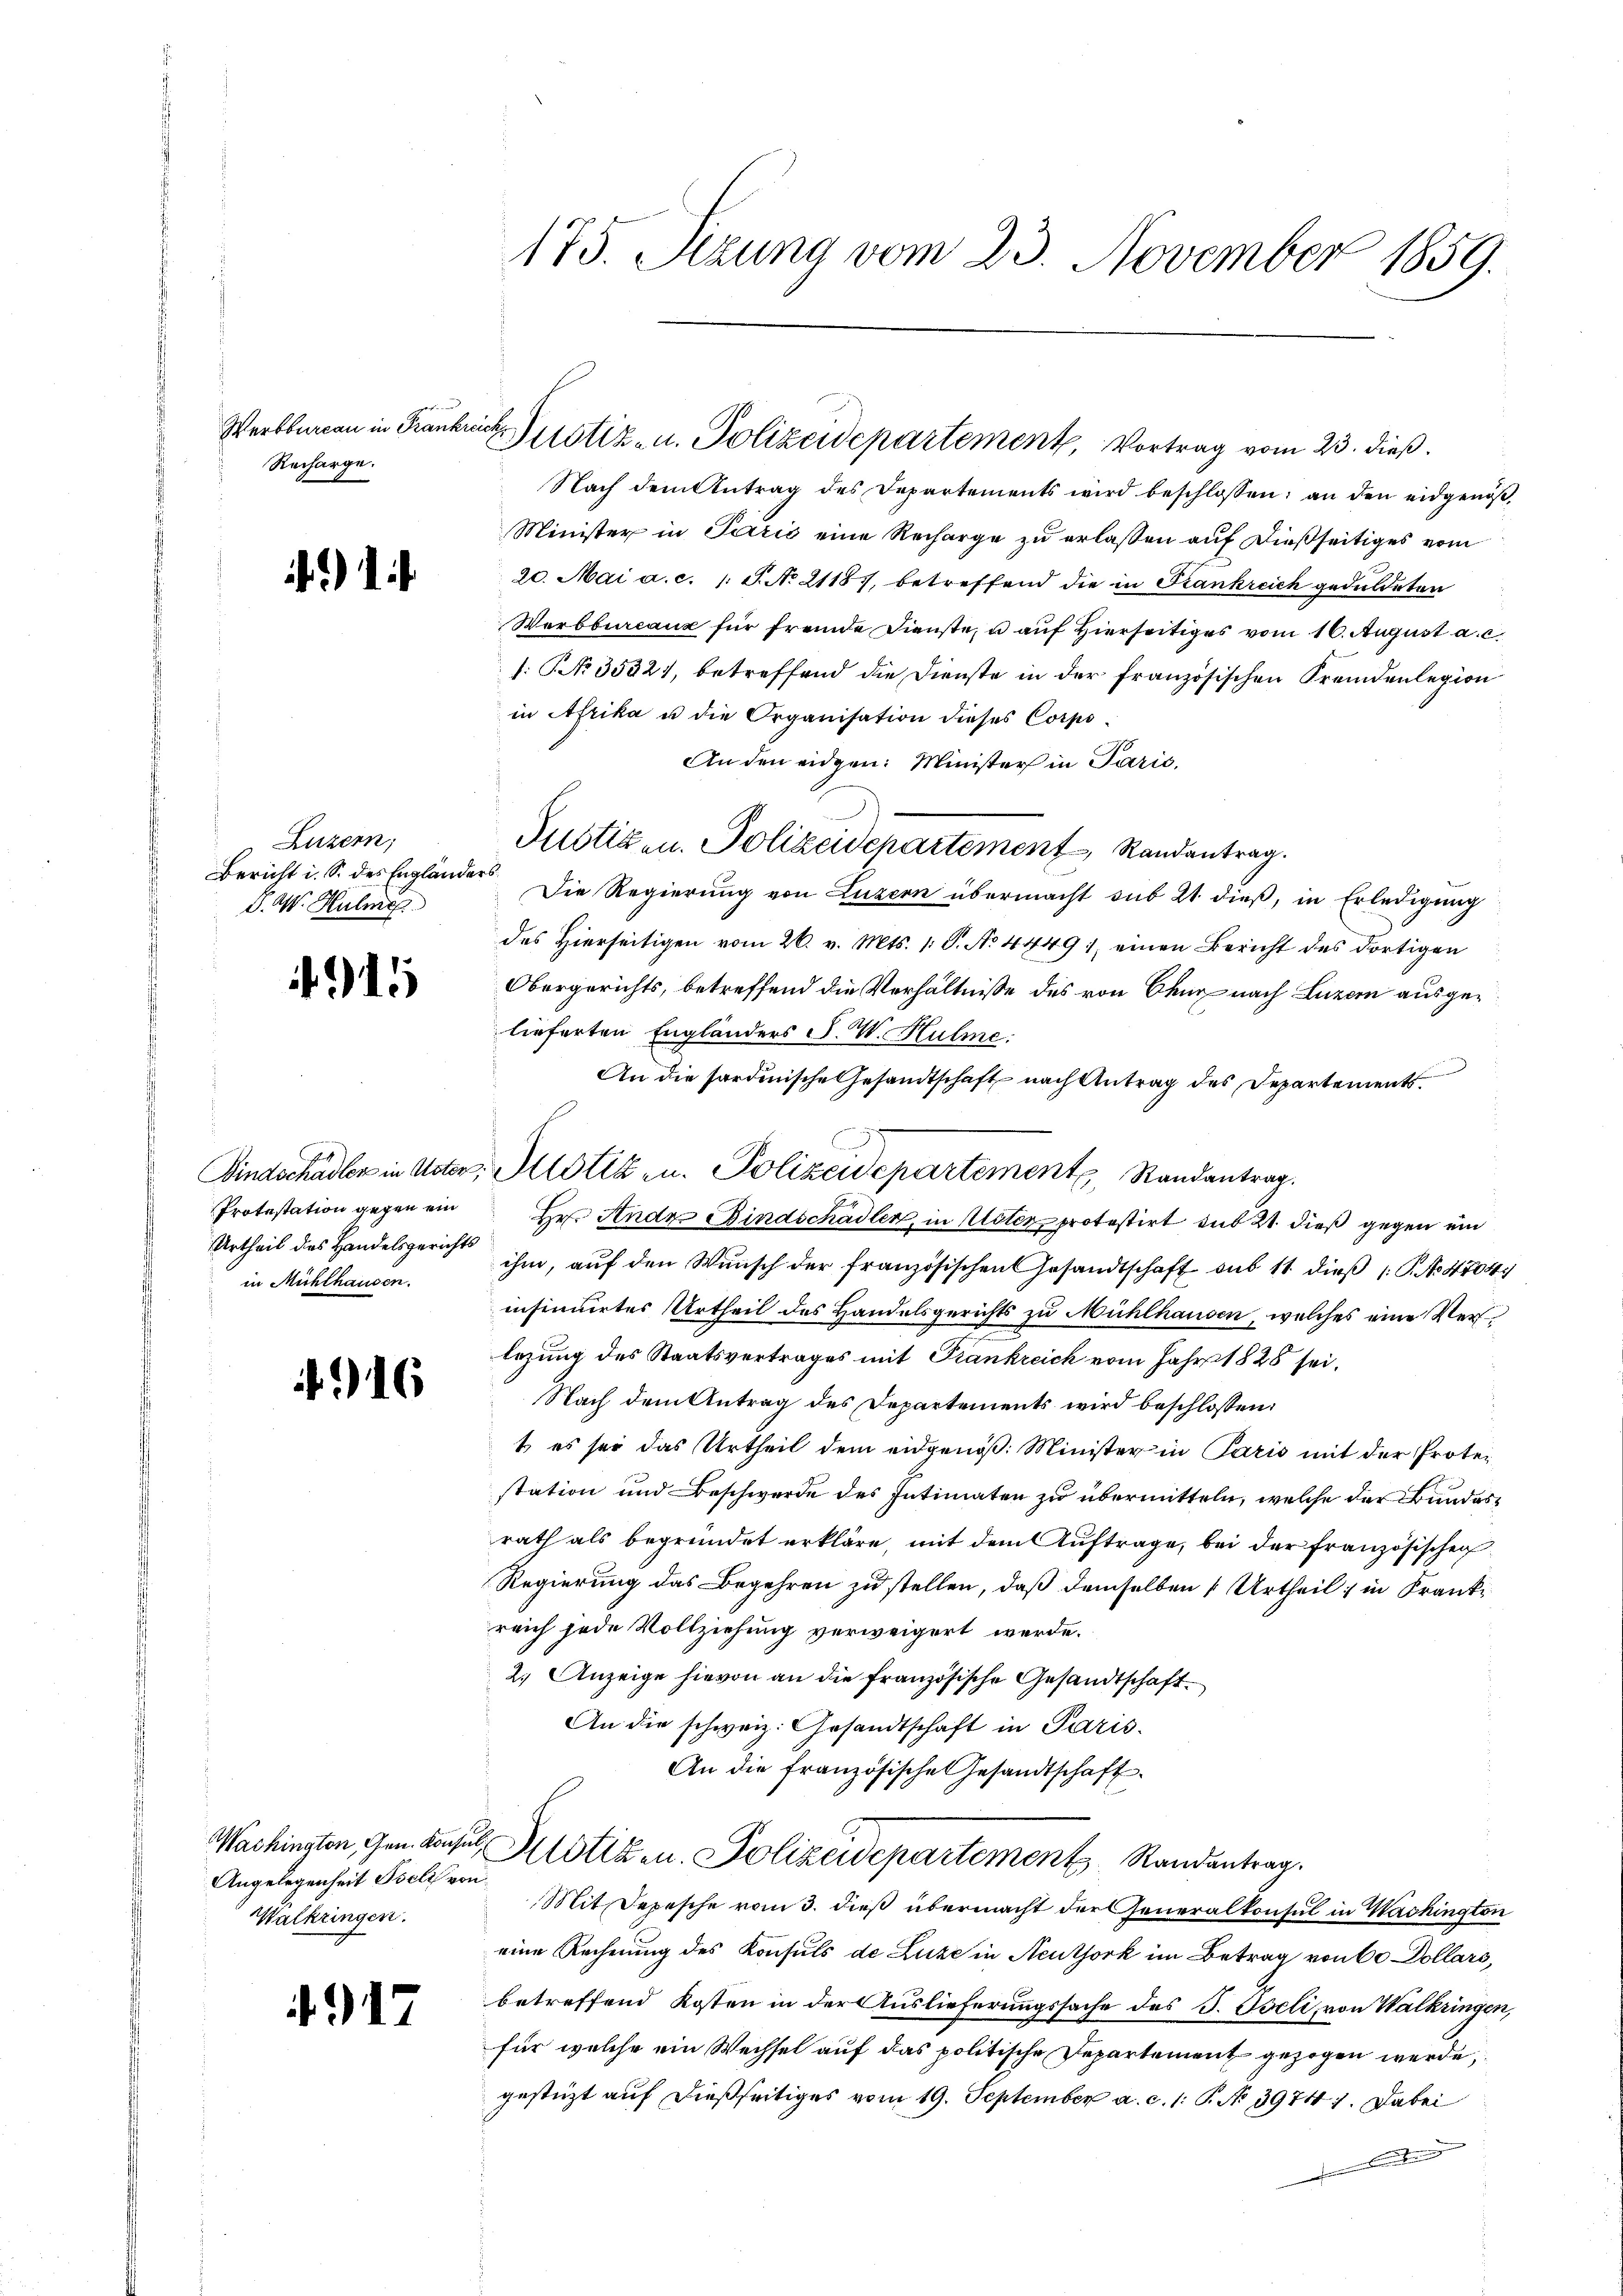
Werbbureau in Frankreich
Recharge.

)

Luzern;
Bericht i. S. des Engländers
D. W. Hulme

11

Protestation gegen ein
in Mühlhausen.

416

Angelegenheit Iseli von
Walkringen.

4917

175. Setzung vom 23. November 1859.

Nach dem Antrag des Departements wird beschlossen; an den eidgenöß¬
Minister in Paris eine Recharge zu erlassen auf dießseitiges vom
20. Mai a. c. 1 S. No 21187, betreffend die in Frankreich geduldeten
Werbbureaux für fremde Dienste, u auf Hierseits vom 16. August a. c.
s: No 35321, betreffend die Dienste in der französischen Fremdenlegion
in Afrika u die Organisation dieses Corps
An den eidgen: Minister in Parić,
Die Regierung von Luzern übermacht sub 21. dieß, in Erledigung
des hierseitigen vom 26. v. Mts. 1. S. No 4449 : einen Bericht des dortigen
Obergerichts, betreffend die Verhältnisse des von Chur nach Luzern ausgelieferten Engländers F. W. Hulme
An die fordinische Gesandtschaft nach Antrag des Departements
Bindschadler in Uster, Motik u. Polizeidepartement Randantrag.
Hr. Ande Bindschädler, in Uster protestirt sub 21. dieß gegen ein
Urtheil des Handelsgericht ihm, aŭf den Wŭnsch der französischen Gesandtschaft sub 11 dieβ (: P. Nr. 1704
insinuirtes Urtheil des Handelsgerichts zu Mühlhausen, welches eine Verlegung des Staatsvertrages mit Frankreich vom Jahr 1828 sei.
Nach dem Antrag des Departements wird beschlossen:
t es sei das Urtheil dem eidgenöß: Minister in Paris mit der Protestation und Beschwerde des Intimaten zu übermitteln, welche der Bundesrath als begründet erkläre, mit dem Auftrage, bei der Französischen
Regierung das Begehren zu stellen, daß demselben Urtheil in Krankreich jede Vollziehung verweigert werde.
2.) Anzeige hievon an die französische Gesandtschaft
An die schweiz. Gesandtschaft in Paris
An die französische Gesandtschaft.
Wachington, Gen. Das Notizen. Polizeidepartement Randantrag.
Mit Depesche vom 3. dieß übermacht der Generalkonsul in Washington
eine Rechnung des Konsuls de Luze in Neuthork im Betrag von 60 Dollars,
betreffend Kosten in der Auslieferungssache des J. Iseli, von Walkringen,
für welche ein Wechsel auf das politische Departement gezogen werde,
gestüzt auf dießseitiges vom 19. September a. c. 1: P. No 39741. Dabei

Justiz- u. Polizeidepartement, Vortrag vom 23. dieß.

Justiz- u. Polizeidepartement Randantrag.